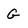
Character: G